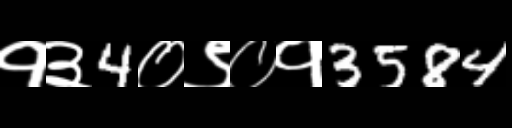
Text: १३4०९०१3584